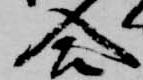
合